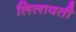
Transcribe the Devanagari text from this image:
लिलावती